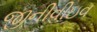
જીનીવીઇવ